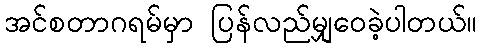
အင်စတာဂရမ်မှာ ပြန်လည်မျှဝေခဲ့ပါတယ်။